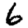
Digit: 6